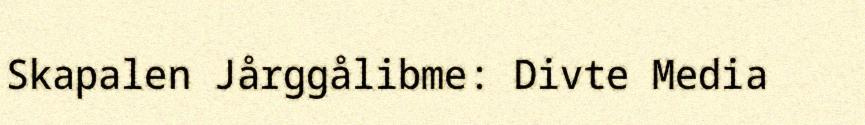
Skapalen Jårggålibme: Divte Media